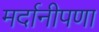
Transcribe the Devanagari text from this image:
मर्दानीपणा